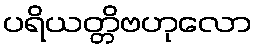
ပရိယတ္တိဗဟုလော